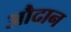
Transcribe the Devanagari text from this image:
औदान